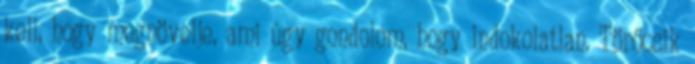
kell, hogy megnövelje, ami úgy gondolom, hogy indokolatlan. Törőcsik